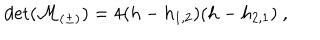
\det ( { \cal M } _ { ( \pm ) } ) = 4 ( h - h _ { 1 , 2 } ) ( h - h _ { 2 , 1 } ) { } ~ ,